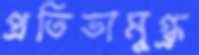
প্রতিভামুগ্ধ